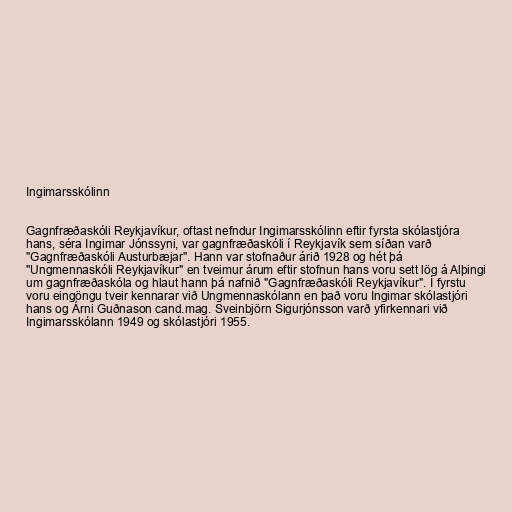
Ingimarsskólinn

Gagnfræðaskóli Reykjavíkur, oftast nefndur Ingimarsskólinn eftir fyrsta skólastjóra
hans, séra Ingimar Jónssyni, var gagnfræðaskóli í Reykjavík sem síðan varð
"Gagnfræðaskóli Austurbæjar". Hann var stofnaður árið 1928 og hét þá
"Ungmennaskóli Reykjavíkur" en tveimur árum eftir stofnun hans voru sett lög á Alþingi
um gagnfræðaskóla og hlaut hann þá nafnið "Gagnfræðaskóli Reykjavíkur". Í fyrstu
voru eingöngu tveir kennarar við Ungmennaskólann en það voru Ingimar skólastjóri
hans og Árni Guðnason cand.mag. Sveinbjörn Sigurjónsson varð yfirkennari við
Ingimarsskólann 1949 og skólastjóri 1955.